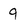
Character: 9